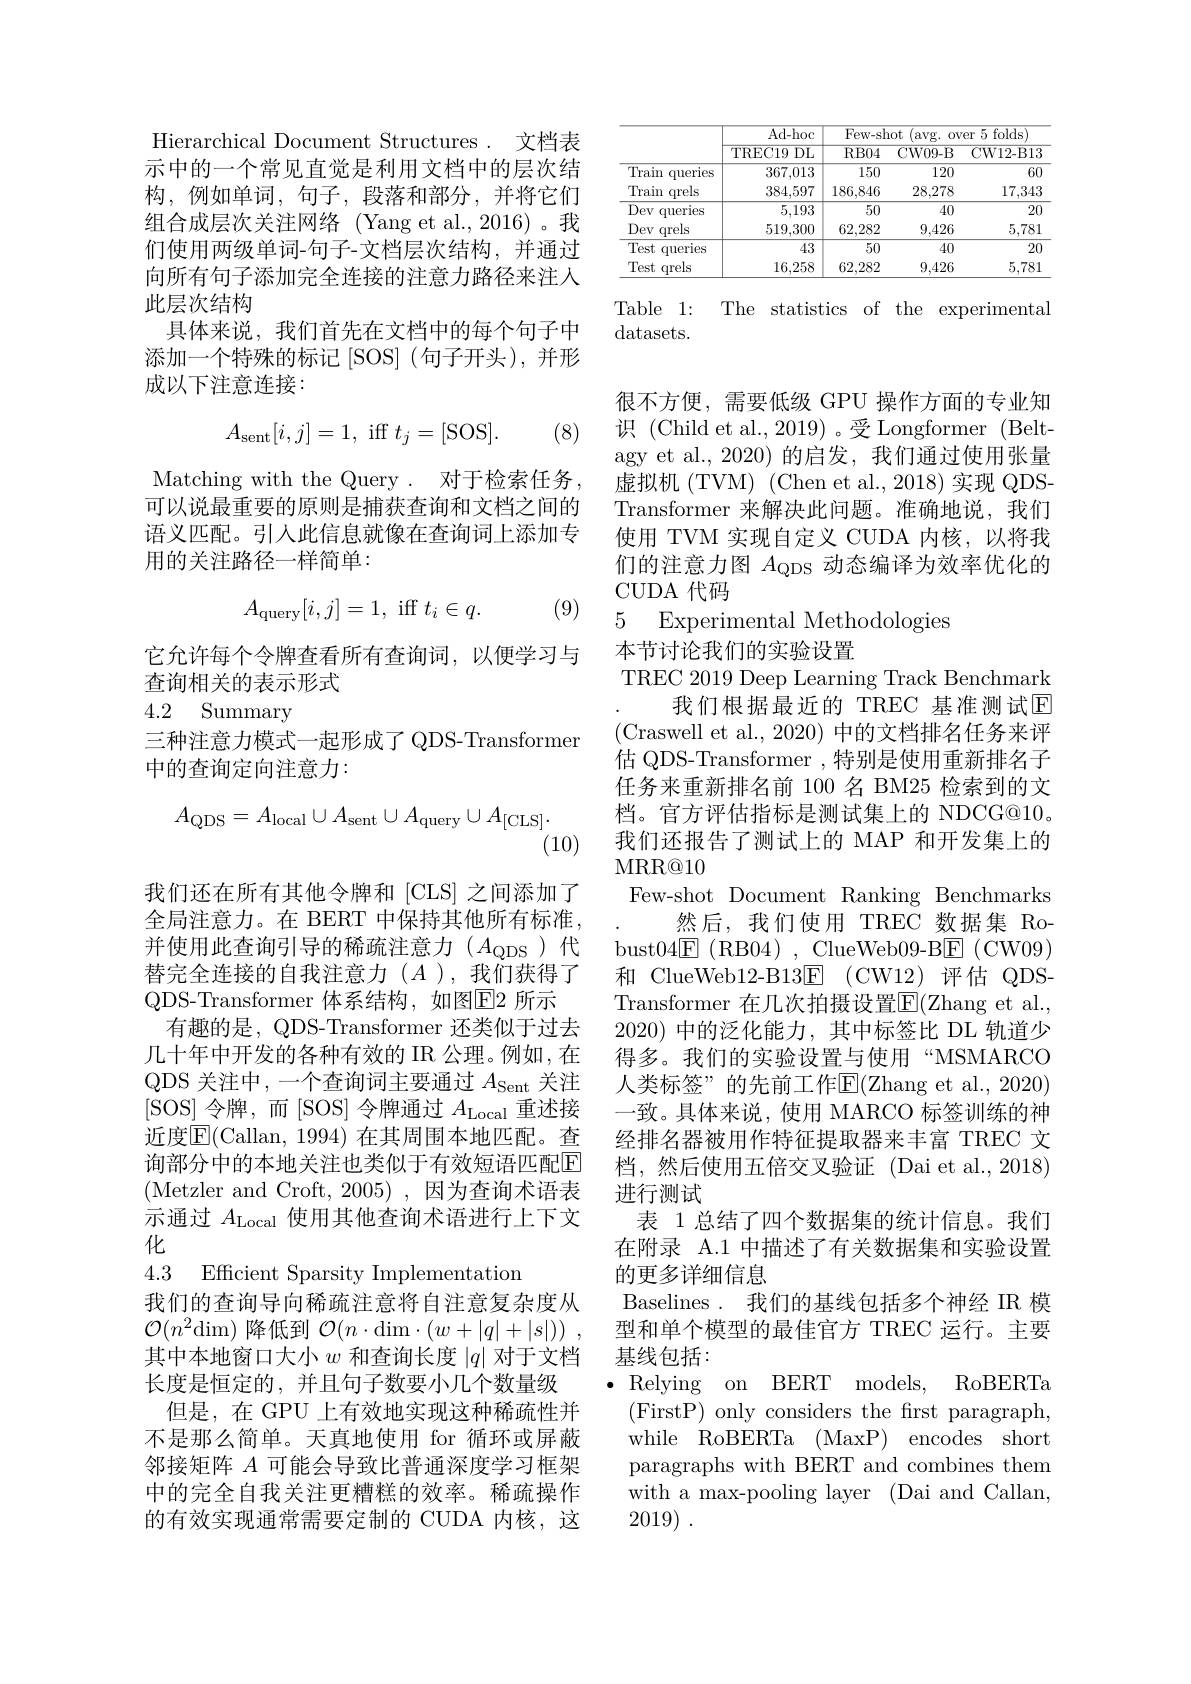
Hierarchical Document Structures. 文档表示中的一个常见直觉是利用文档中的层次结构，例如单词，句子，段落和部分，并将它们组合成层次关注网络(Yang et al.,2016)。我们使用两级单词-句子-文档层次结构，并通过向所有句子添加完全连接的注意力路径来注人此层次结构
具体来说，我们首先在文档中的每个句子中添加一个特殊的标记[SOS](句子开头),并形成以下注意连接：

(8)
$$A_{\text{sent}}[i,j]=1,\:\text{iff}\:t_j=[\text{SOS}].$$
Matching with the Query . 对于检索任务可以说最重要的原则是捕获查询和文档之间的语义匹配。引人此信息就像在查询词上添加专用的关注路径一样简单：
$$A_{\mathrm{query}}[i,j]=1,\:\mathrm{iff}\:t_{i}\in q.$$
(9)

它允许每个令牌查看所有查询词，以便学习与
查询相关的表示形式

## 4.2 Summary

三种注意力模式一起形成了 QDS-Transformer
中的查询定向注意力：
$$A_{\mathrm{QDS}}=A_{\mathrm{local}}\cup A_{\mathrm{sent}}\cup A_{\mathrm{query}}\cup A_{\mathrm{[CLS]}}.$$
(10)

我们还在所有其他令牌和[CLS]之间添加了全局注意力。在 BERT 中保持其他所有标准， 并使用此查询引导的稀疏注意力($A_\mathrm{QDS}$)代替完全连接的自我注意力$(A$ ),我们获得了QDS-Transformer 体系结构，如图$\boxed{\mathrm{F}}2$ 所示
有趣的是，QDS-Transformer 还类似于过去几十年中开发的各种有效的 IR 公理。例如，在QDS 关注中，一个查询词主要通过$A_\mathrm{Sent}$关注[SOS]令牌，而 [SOS]令牌通过$A_\mathrm{Local}$重述接近度$\overline{\mathrm{E}}($Callan, 1994) 在其周围本地匹配。查询部分中的本地关注也类似于有效短语匹配$\boxed{\mathrm{E}}$ (Metzler and Croft, 2005),因为查询术语表示通过$A_\mathrm{Local}$使用其他查询术语进行上下文化

4.3 Efficient Sparsity Implementation

我们的查询导向稀疏注意将自注意复杂度从$\mathcal{O}(n^2$dim)降低到$\mathcal{O}(n\cdot$dim$\cdot ( w+ | q| + | s| ) )$ , 其中本地窗口大小$w$和查询长度$|q|$对于文档长度是恒定的，并且句子数要小几个数量级
但是，在 GPU 上有效地实现这种稀疏性并不是那么简单。天真地使用 for 循环或屏蔽邻接矩阵$A$可能会导致比普通深度学习框架中的完全自我关注更糟糕的效率。稀疏操作的有效实现通常需要定制的 CUDA 内核，这

<table>
	<tbody>
		<tr>
			<th> </th>
			<th rowspan="2">$\overline{\mathrm{Ad-hoc}}$ TREC19 $DL$ 1</th>
			<th colspan="3">Few- shot (avg. over 5 folds)</th>
		</tr>
		<tr>
			<th> </th>
			<th>$RB04$</th>
			<th>CW09- B</th>
			<th>CW12- B13</th>
		</tr>
		<tr>
			<td>Train queries</td>
			<td>367,013</td>
			<td>150</td>
			<td>120</td>
			<td>60</td>
		</tr>
		<tr>
			<td>Train qrels</td>
			<td>384,597</td>
			<td>186,846</td>
			<td>28,278</td>
			<td>17,343</td>
		</tr>
		<tr>
			<td>Dev queries</td>
			<td>5,193</td>
			<td>50</td>
			<td>40</td>
			<td>20</td>
		</tr>
		<tr>
			<td>Dev qrels</td>
			<td>519,300</td>
			<td>62,282</td>
			<td>9,426</td>
			<td>5,781</td>
		</tr>
		<tr>
			<td>Test queries</td>
			<td>43</td>
			<td>50</td>
			<td>40</td>
			<td>20</td>
		</tr>
		<tr>
			<td>Test qrels</td>
			<td>16,258</td>
			<td>62,282</td>
			<td>9,426</td>
			<td>5,781</td>
		</tr>
	</tbody>
</table>

Table 1: The statistics of the experimental
datasets.

很不方便，需要低级 GPU 操作方面的专业知识 (Child et al., 2019)。受 Longformer (Beltagy et al., 2020) 的启发，我们通过使用张量虚拟机(TVM) (Chen et al.,2018)实现 QDSTransformer 来解决此问题。准确地说，我们使用 TVM 实现自定义 CUDA 内核，以将我们的注意力图$A_\mathrm{QDS}$动态编译为效率优化的CUDA 代码

5 Experimental Methodologies

本节讨论我们的实验设置
TREC 2019 Deep Learning Track Benchmark
我们根据最近的 TREC 基准测试$\overline{\mathrm{E}}$ (Craswell et al., 2020) 中的文档排名任务来评估 QDS-Transformer , 特别是使用重新排名子任务来重新排名前 100 名 BM25 检索到的文档。官方评估指标是测试集上的 NDCG@10。我们还报告了测试上的 MAP 和开发集上的MRR@ 10
Few-shot Document Ranking Benchmarks
然后，我们使用 TREC 数据集 Ro-
bust$04\underline{\mathrm{E}}$(RB04),ClueWeb09-B$\underline{\mathrm{E}}$(CW09) 和 ClueWeb12-B13$\underline {\mathrm{E} }$ (CW12)评估 QDSTransformer 在几次拍摄设置E(Zhang et al. , 2020) 中的泛化能力，其中标签比 DL 轨道少得多。我们的实验设置与使用“MSMARCO 人类标签”的先前工作E(Zhang et al.,2020) 一致。具体来说，使用 MARCO 标签训练的神经排名器被用作特征提取器来丰富 TREC 文档，然后使用五倍交叉验证(Dai et al.,2018) 进行测试
表 1 总结了四个数据集的统计信息。我们在附录 A.1 中描述了有关数据集和实验设置的更多详细信息
Baselines . 我们的基线包括多个神经 IR 模型和单个模型的最佳官方 TREC 运行。主要基线包括：
RoBERTa
$\bullet$Relying on BERT models,
(FirstP) only considers the first paragraph, while RoBERTa (MaxP) encodes short paragraphs with BERT and combines them with a max-pooling layer (Dai and Callan, 2019) .